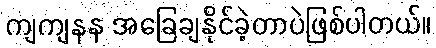
ကျကျနန အခြေချနိုင်ခဲ့တာပဲဖြစ်ပါတယ်။